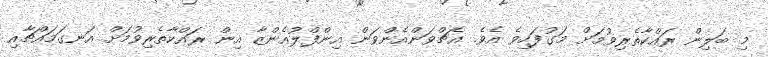
މި ބަލިން ރައްކާތެރިވުމަށް މަގުފަހިވެ އެވެ. އެޗްވަންއެންވަން އިންފްލުއެންޒާ އިން ރައްކާތެރިވުމަށް އަނގަމައްޗާއި